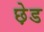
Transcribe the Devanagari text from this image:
छ़ेड